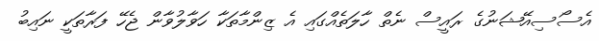
އެސޯސިއޭޝަނުގެ ރައީސް ނެތް ހާލަތެއްގައި އެ ޒިންމާތަކާ ހަވާލުވާން ޖެހޭ ފަރާތަކީ ނައިބު